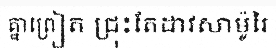
គ្នាព្រៀត ជ្រុះតែដាវសាម៉ូរៃ